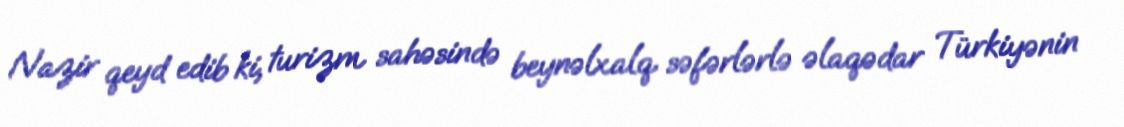
Nazir qeyd edib ki, turizm sahəsində beynəlxalq səfərlərlə əlaqədar Türkiyənin